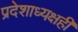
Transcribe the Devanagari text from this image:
प्रदेशाध्यक्षही